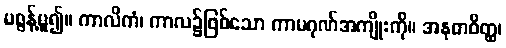
မစွန့်မူ၍။ ကာလိကံ၊ ကာလ၌ဖြစ်သော ကာမဂုဏ်အကျိုးကို။ အနုဓာဝိတ္ထ၊